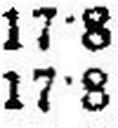
17•8